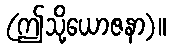
(ဤသို့ယောဇနာ)။